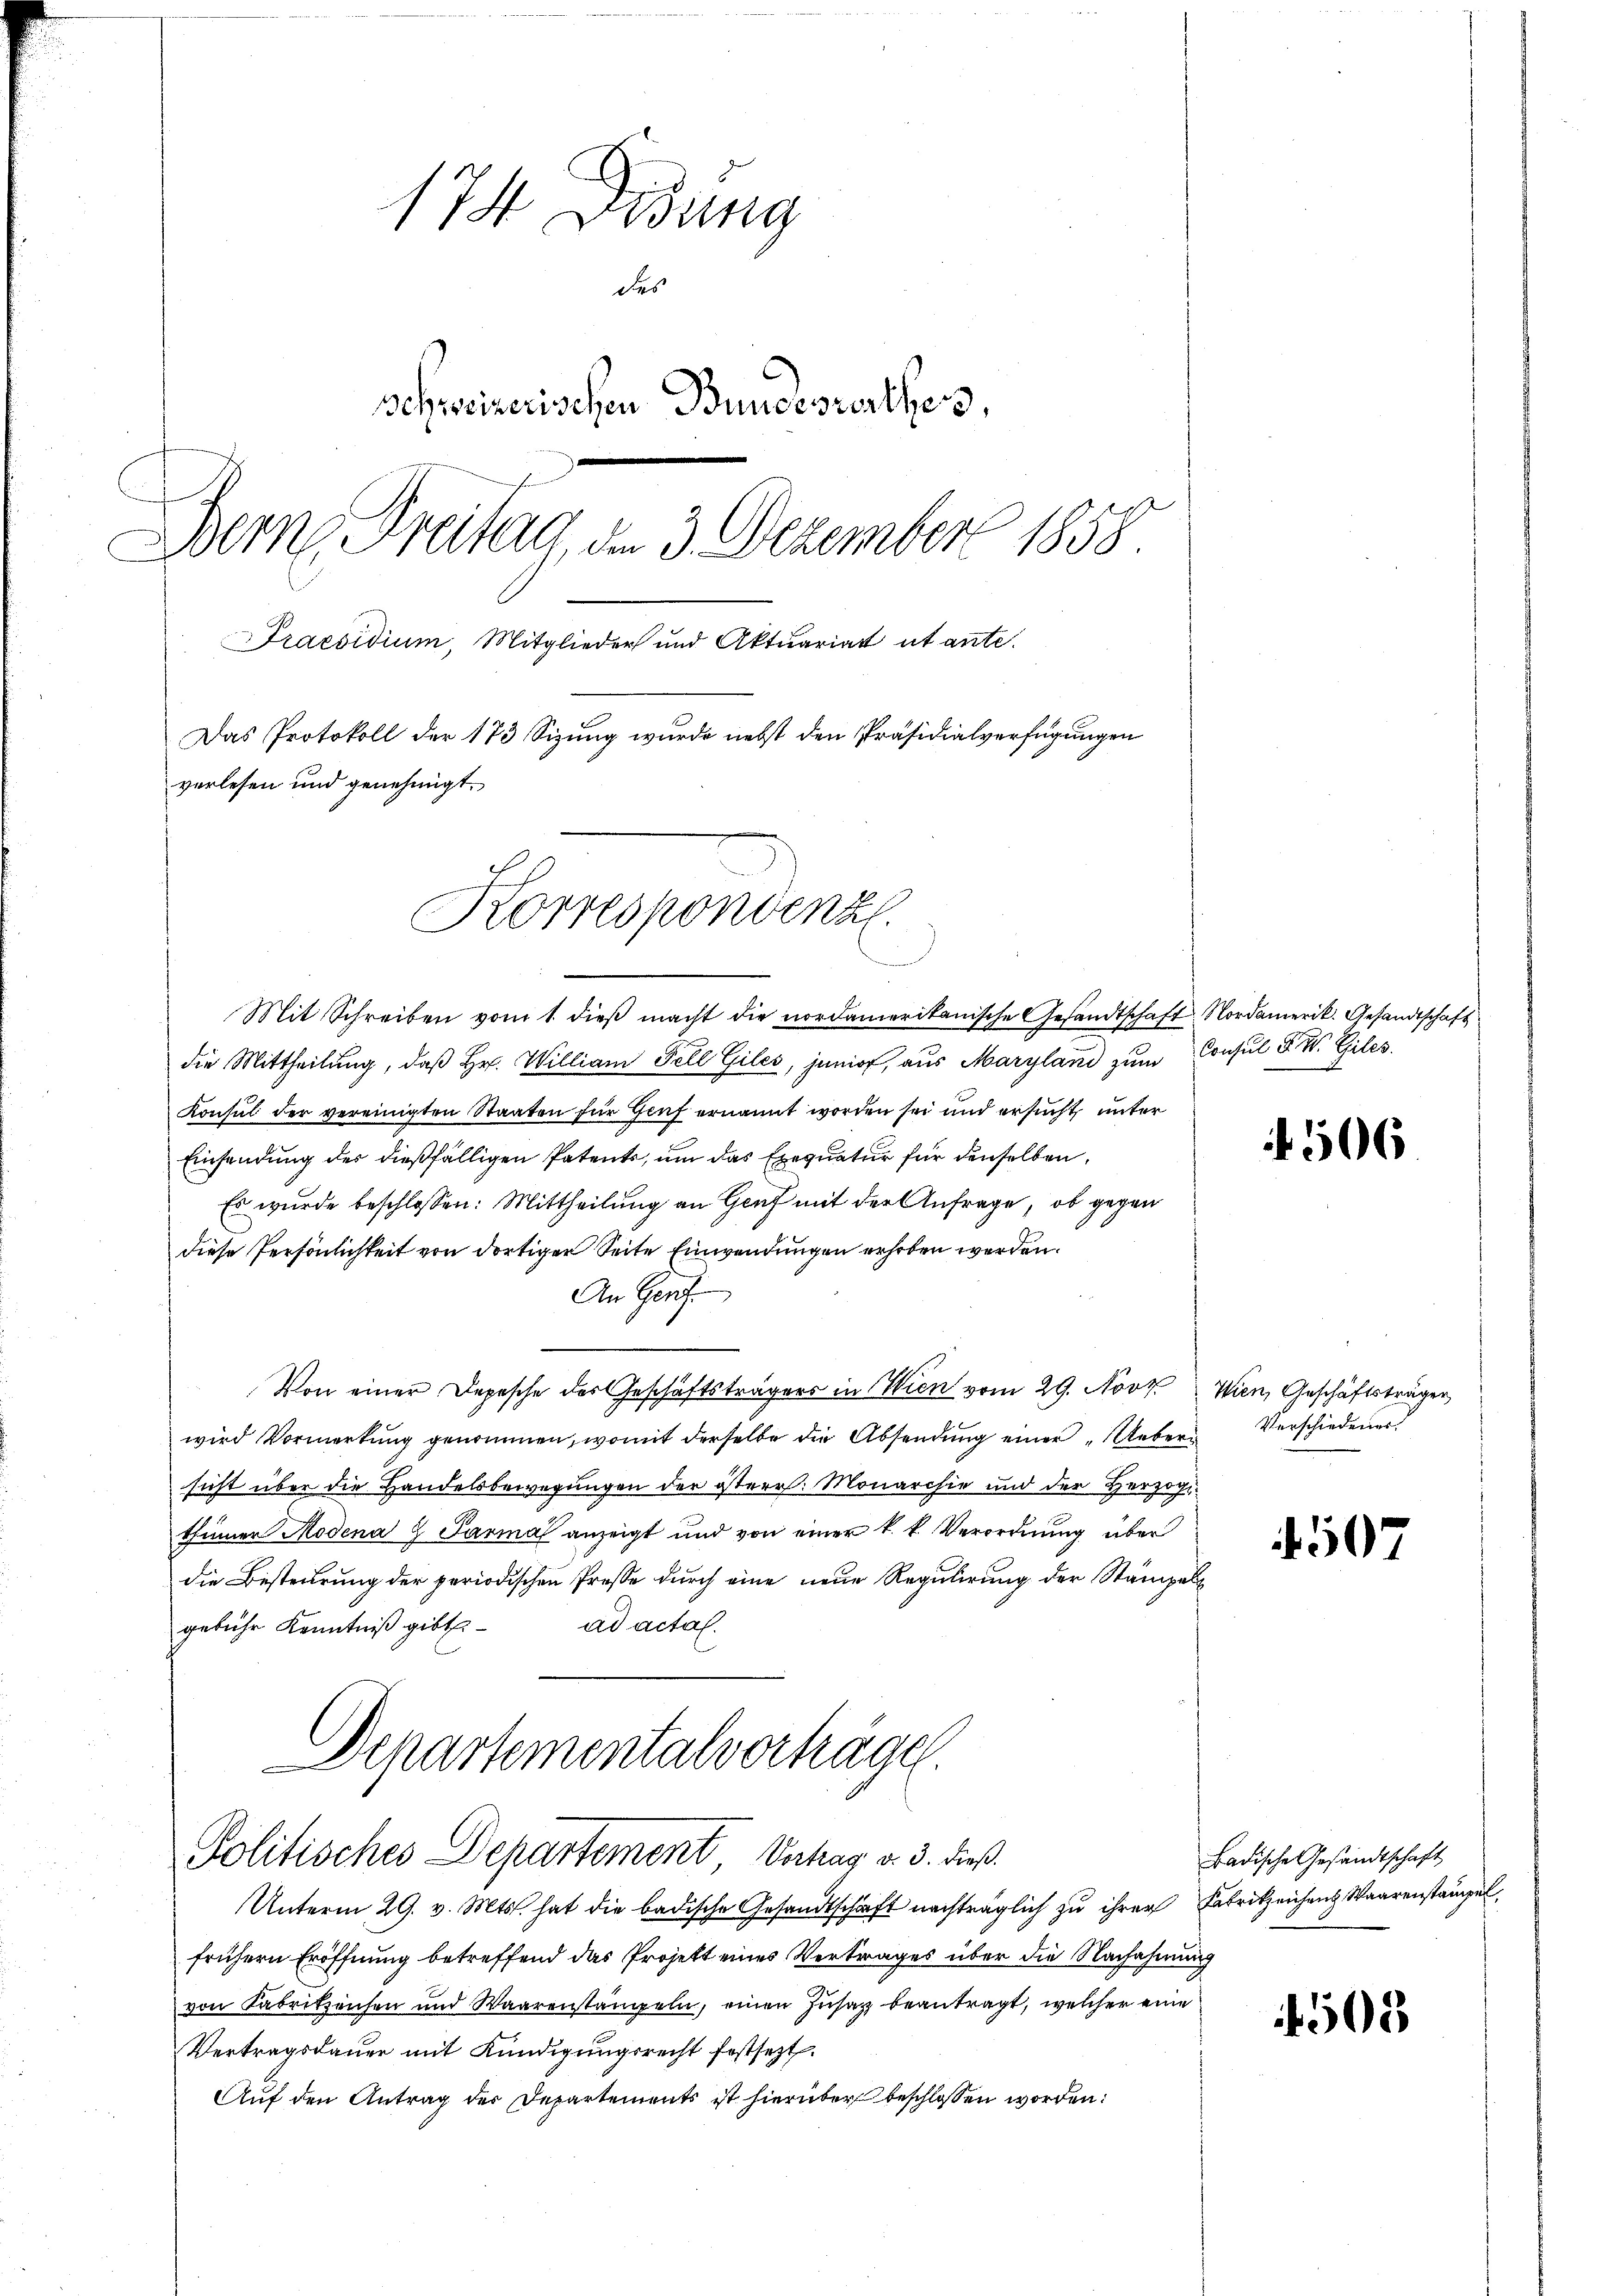
174 Didung
des
schweizerischen Bundesverthes,
Bern, Freitag, den 3. Dezember 1858
Praesidium, Mitglieder und Aktuariatt ut ante.
Das Protokoll der 173 Sizung wurde nebst den Präsidialverfügungen
verlesen und genehmigt.

Korrespondenz.

Mit Schreiben vom 1. dieβ macht die nordamerikanische Gesandtschaft Nordamerik. Gesandtschaft
die Mittheilung, daß Hr. William Fell Giles, junior, aus Maryland zum
Konsul der vereinigten Staaten für Genf ernannt worden sei und ersucht unter
Einsendung der dießfälligen Patents, um das Exequatur für denselben
Es wurde beschlossen: Mittheilung an Genf mit der Anfrage, ob gegen
diese Persönlichkeit von dortiger Seite Einwendungen erhoben werden.
An Ger
Von einer Depesche der Geschäftsträgers in Wien vom 29. Novt. Wien, Geschäftsträger
wird Vormerkung genommen, womit derselbe die Absendung einer „Uebern Verschiedener
sicht über die Handelsbewegungen der österr. Monarchie und der Herzogi-
thümer Modena z Parmal anzeigt und von einer k. k. Verordnung über
die Besteurung der periodischen Presse durch eine neue Regulirung der Stämpel
ad actal.
gebühr Kenntniß gibt
Departementalverhäge

Politisches Departement Verhag v. 3. dieß

Unterm 29. v. Mts. hat die badische Gesandtschaft nachträglich zu ihrer Fabrikzeichen Waarenstangel
frühern Eröffnung betreffend das Projekt eines Vertrages über die Nachahmung
von Fabrikzensen und Waarenstangeln, einen Insaz beantragt, welcher eine
Vertragsdaŭer mit Kündigungsrecht festsezt.
Auf den Antrag der Departements ist hierüber beschlossen worden:

Consul F. W. Giles.

4506

507

Badische Gesandtschaft

1508